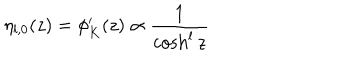
LaTeX: \eta _ { l , 0 } ( z ) = \phi _ { K } ^ { \prime } ( z ) \propto \frac { 1 } { \cosh ^ { l } z }